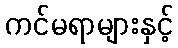
ကင်မရာများနှင့်